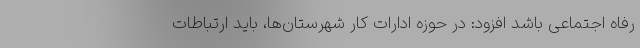
رفاه اجتماعی باشد افزود: در حوزه ادارات کار شهرستان‌ها، باید ارتباطات